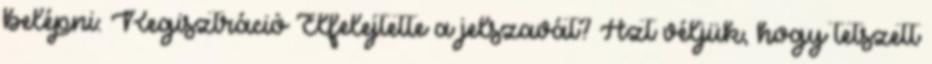
belépni: Regisztráció Elfelejtette a jelszavát? Azt véljük, hogy tetszett